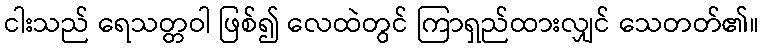
ငါးသည် ရေသတ္တဝါ ဖြစ်၍ လေထဲတွင် ကြာရှည်ထားလျှင် သေတတ်၏။